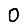
Digit: 0